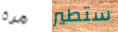
مرة ستطير